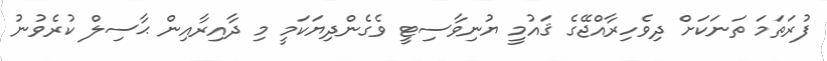
ފުރަތަމަ ތަނަކަށް ދިވެހިރާއްޖޭގެ ޤައުމީ ޔުނިވާސިޓީ ވެެގެންދިޔަކަމީ މި ދާއިރާއިން ޙާސިލް ކުރެވުނު